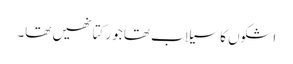
اشکوں کا سیلاب تھا جو رکتا نھیں تھا۔